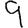
Digit: 9